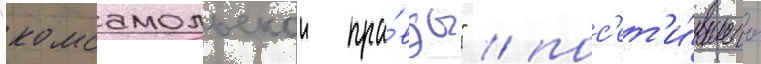
"комсомольскои пра́вды" / пос'ет'и́вшего